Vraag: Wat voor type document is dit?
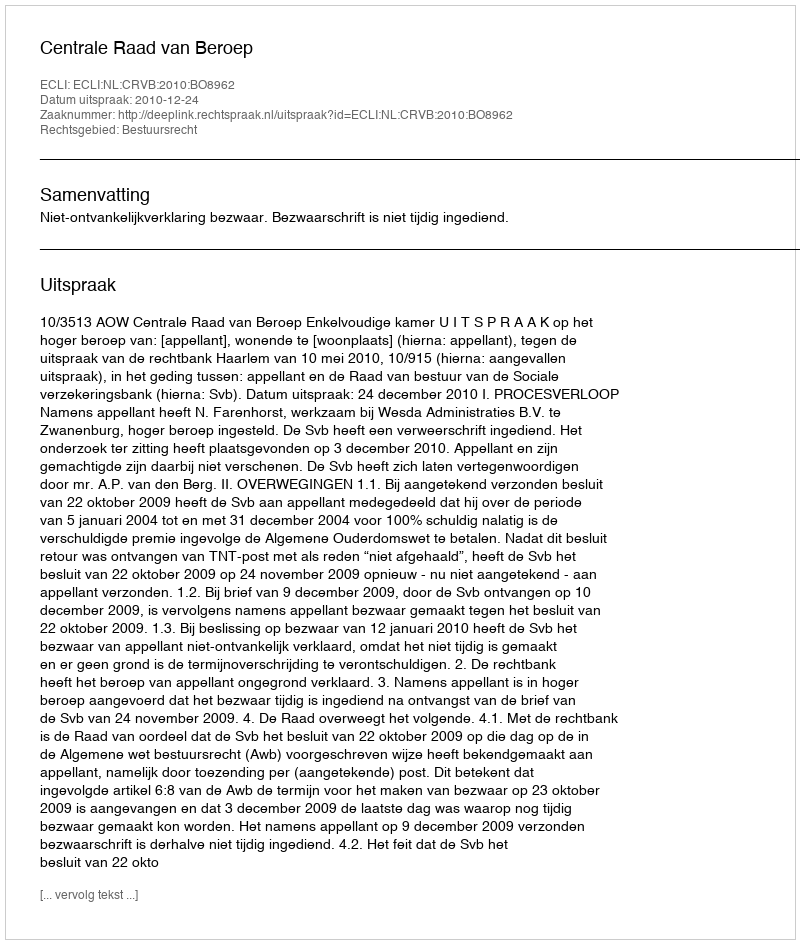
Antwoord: Uitspraak